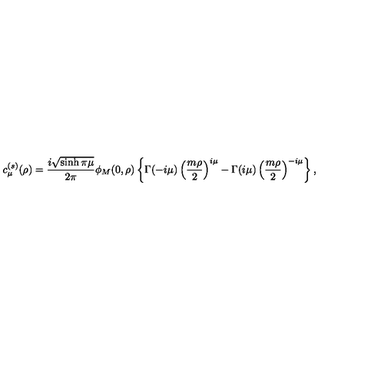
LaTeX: c _ { \mu } ^ { ( s ) } ( \rho ) = \frac { i \sqrt { \sinh \pi \mu } } { 2 \pi } \phi _ { M } ( 0 , \rho ) \left\{ \Gamma ( - i \mu ) \left( \frac { m \rho } 2 \right) ^ { i \mu } - \Gamma ( i \mu ) \left( \frac { m \rho } 2 \right) ^ { - i \mu } \right\} ,